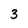
Character: 3